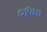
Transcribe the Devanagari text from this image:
०१००